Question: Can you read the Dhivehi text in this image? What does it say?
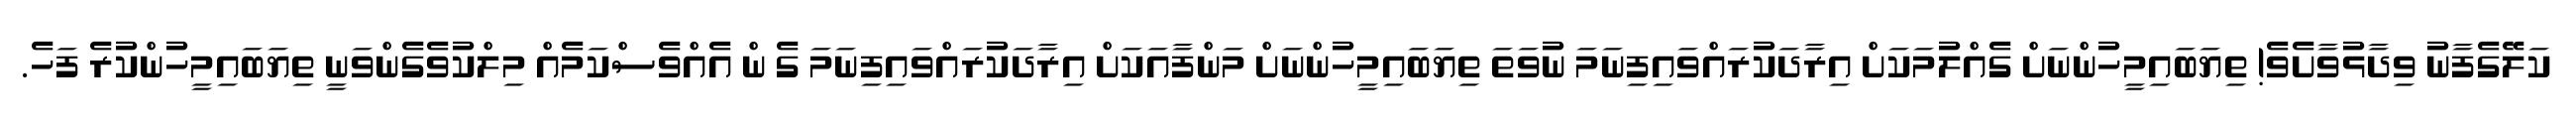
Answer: ކަލޭގެފާނު ވިދާޅުވާށެވެ! ތިޔަބައިމީހުންނަށް ގެއްލުމަކަށް އިރާދަކުރައްވައިފިނަމަ ނުވަތަ ތިޔަބައިމީހުންނަށް މަންފާއަކަށް އިރާދަކުރައްވައިފިނަމަ ގެ ން އެއްވެސްކަމެއް މިލްކުވެގެންވަނީ ތިޔަބައިމީހުންކުރެ ފަހެ.